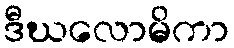
ဒီဃလောမိကာ